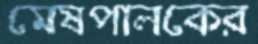
মেষপালকের